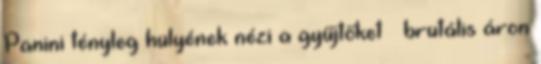
Panini tényleg hülyének nézi a gyűjtőket – brutális áron